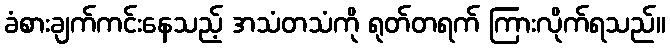
ခံစားချက်ကင်းနေသည့် အသံတသံကို ရုတ်တရက် ကြားလိုက်ရသည်။